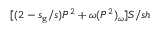
[ ( 2 - s _ { \mathrm { g } } / s ) P ^ { 2 } + \omega ( P ^ { 2 } ) _ { \omega } ] S / s h